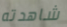
شاهدته